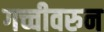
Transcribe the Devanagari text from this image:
गच्चीवरुन